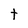
Character: t